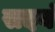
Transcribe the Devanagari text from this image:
सदयं